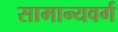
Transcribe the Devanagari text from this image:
सामान्यवर्ग